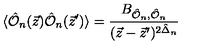
\langle \hat { { \cal O } } _ { n } ( \vec { z } ) \hat { { \cal O } } _ { n } ( \vec { z } ^ { \prime } ) \rangle = \frac { B _ { { \hat { { \cal O } } _ { n } } , \hat { { \cal O } } _ { n } } } { ( \vec { z } - \vec { z } ^ { \prime } ) ^ { 2 \hat { \Delta } _ { n } } } \,